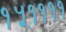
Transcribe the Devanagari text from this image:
१५११११